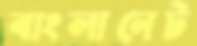
বাংলানেট